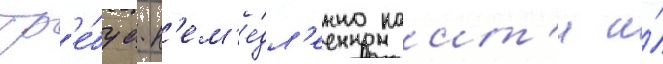
Тр'е́буа н'ем'е́дл'енно наит'и и́